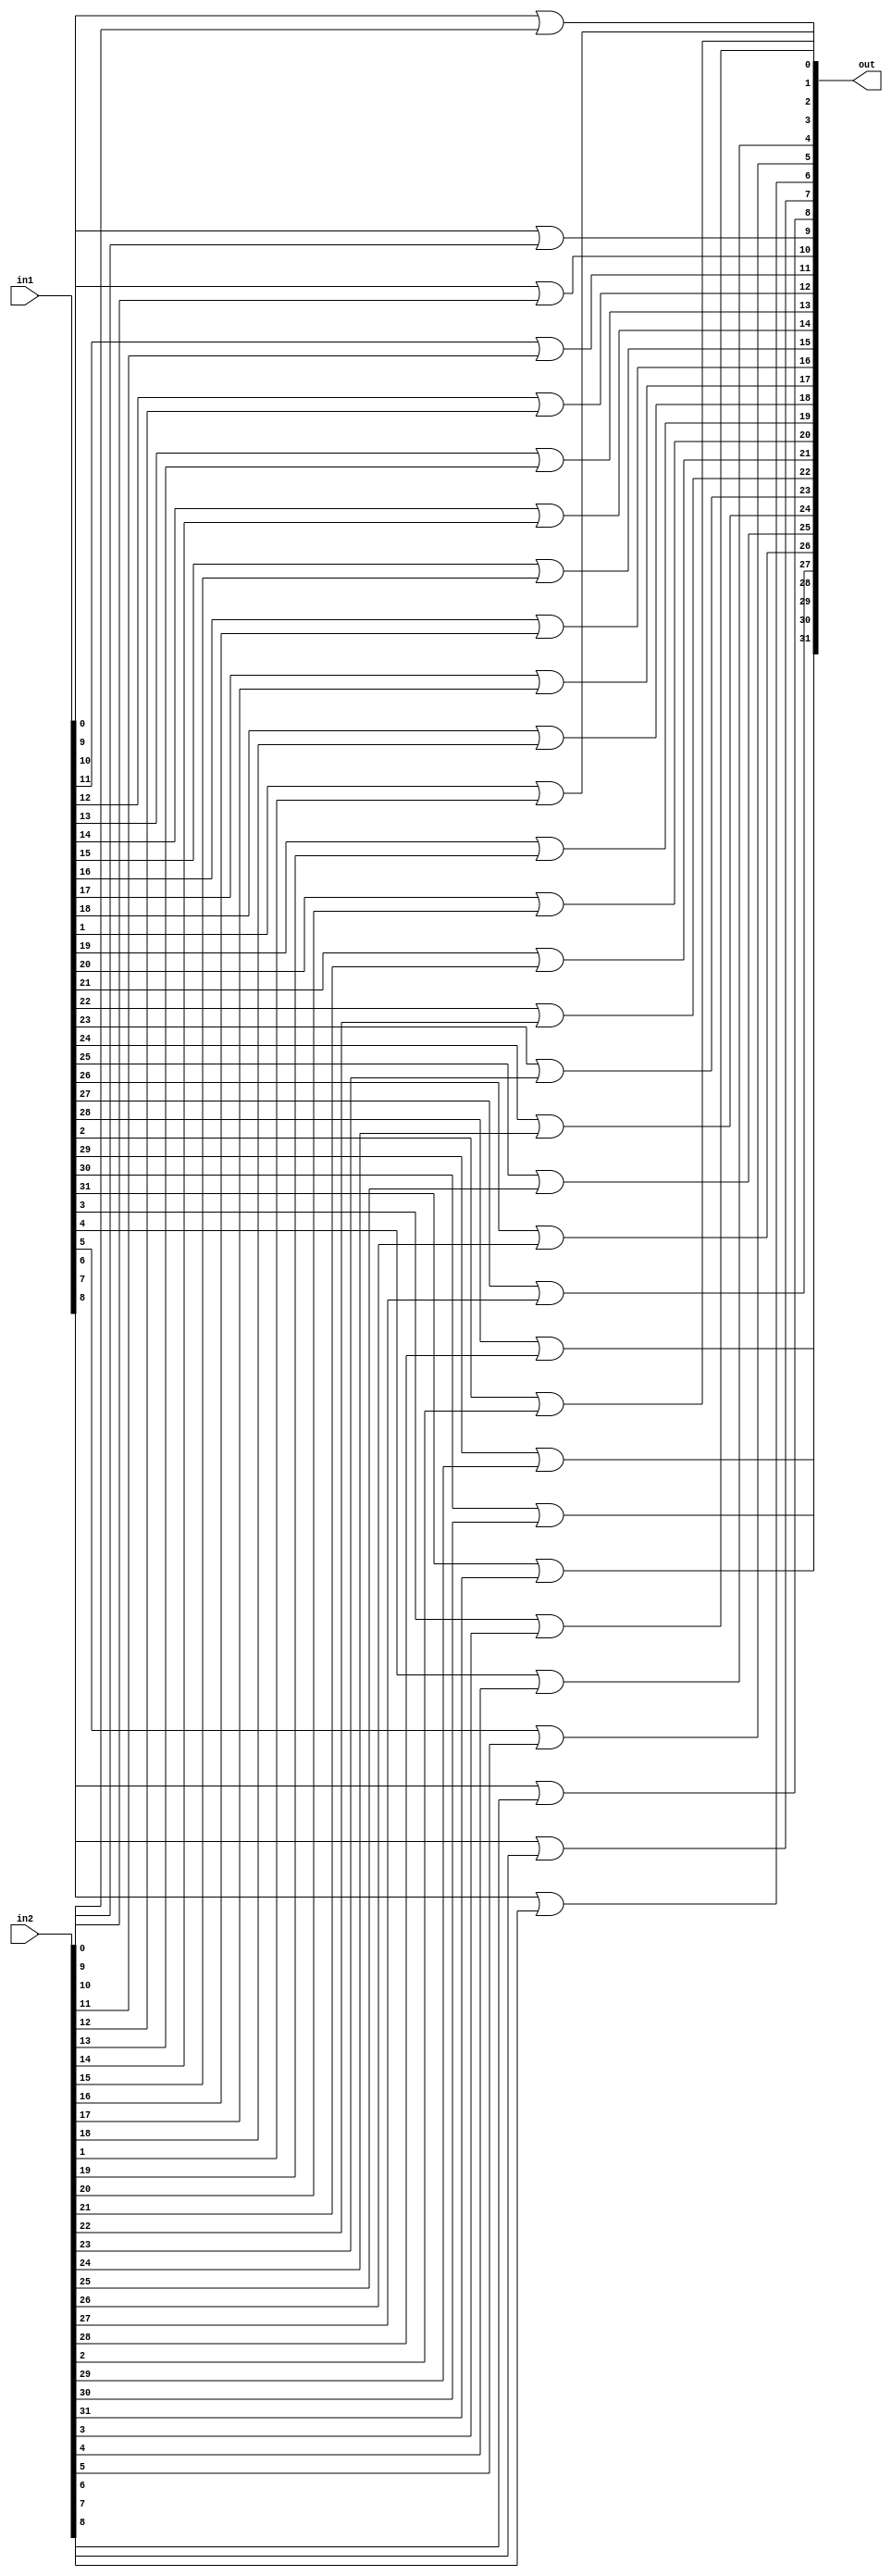
module bitwiseOR(in1,in2,out);

input [31:0] in1, in2;
output [31:0] out;

   genvar c;
   generate
	for(c=0; c<=31;c=c+1) begin: loop1
	
	or or_bitwise(out[c], in1[c], in2[c]);
	
	end
	endgenerate

endmodule